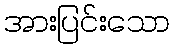
အားပြင်းသော